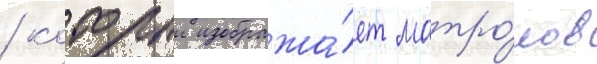
/ которыи изобража́ет матро́сов